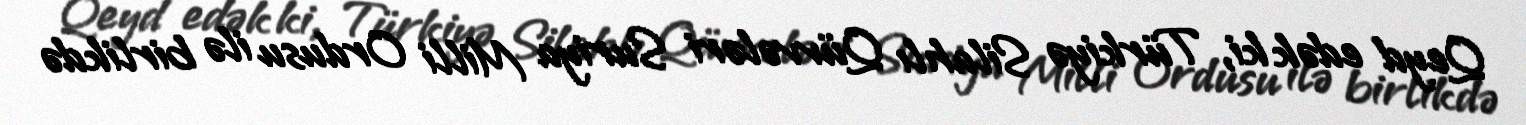
Qeyd edək ki, Türkiyə Silahlı Qüvvələri Suriya Milli Ordusu ilə birlikdə